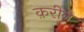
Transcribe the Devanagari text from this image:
क़रीने